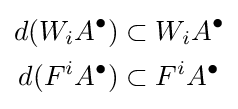
{\begin{aligned}d(W_{i}A^{\bullet })&\subset W_{i}A^{\bullet }\\d(F^{i}A^{\bullet })&\subset F^{i}A^{\bullet }\end{aligned}}